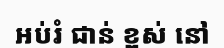
អប់រំ ជាន់ ខ្ពស់ នៅ